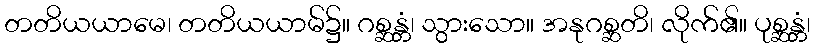
တတိယယာမေ၊ တတိယယာမ်၌။ ဂစ္ဆန္တံ၊ သွားသော။ အနုဂစ္ဆတိ၊ လိုက်၏။ ပုစ္ဆန္တံ၊